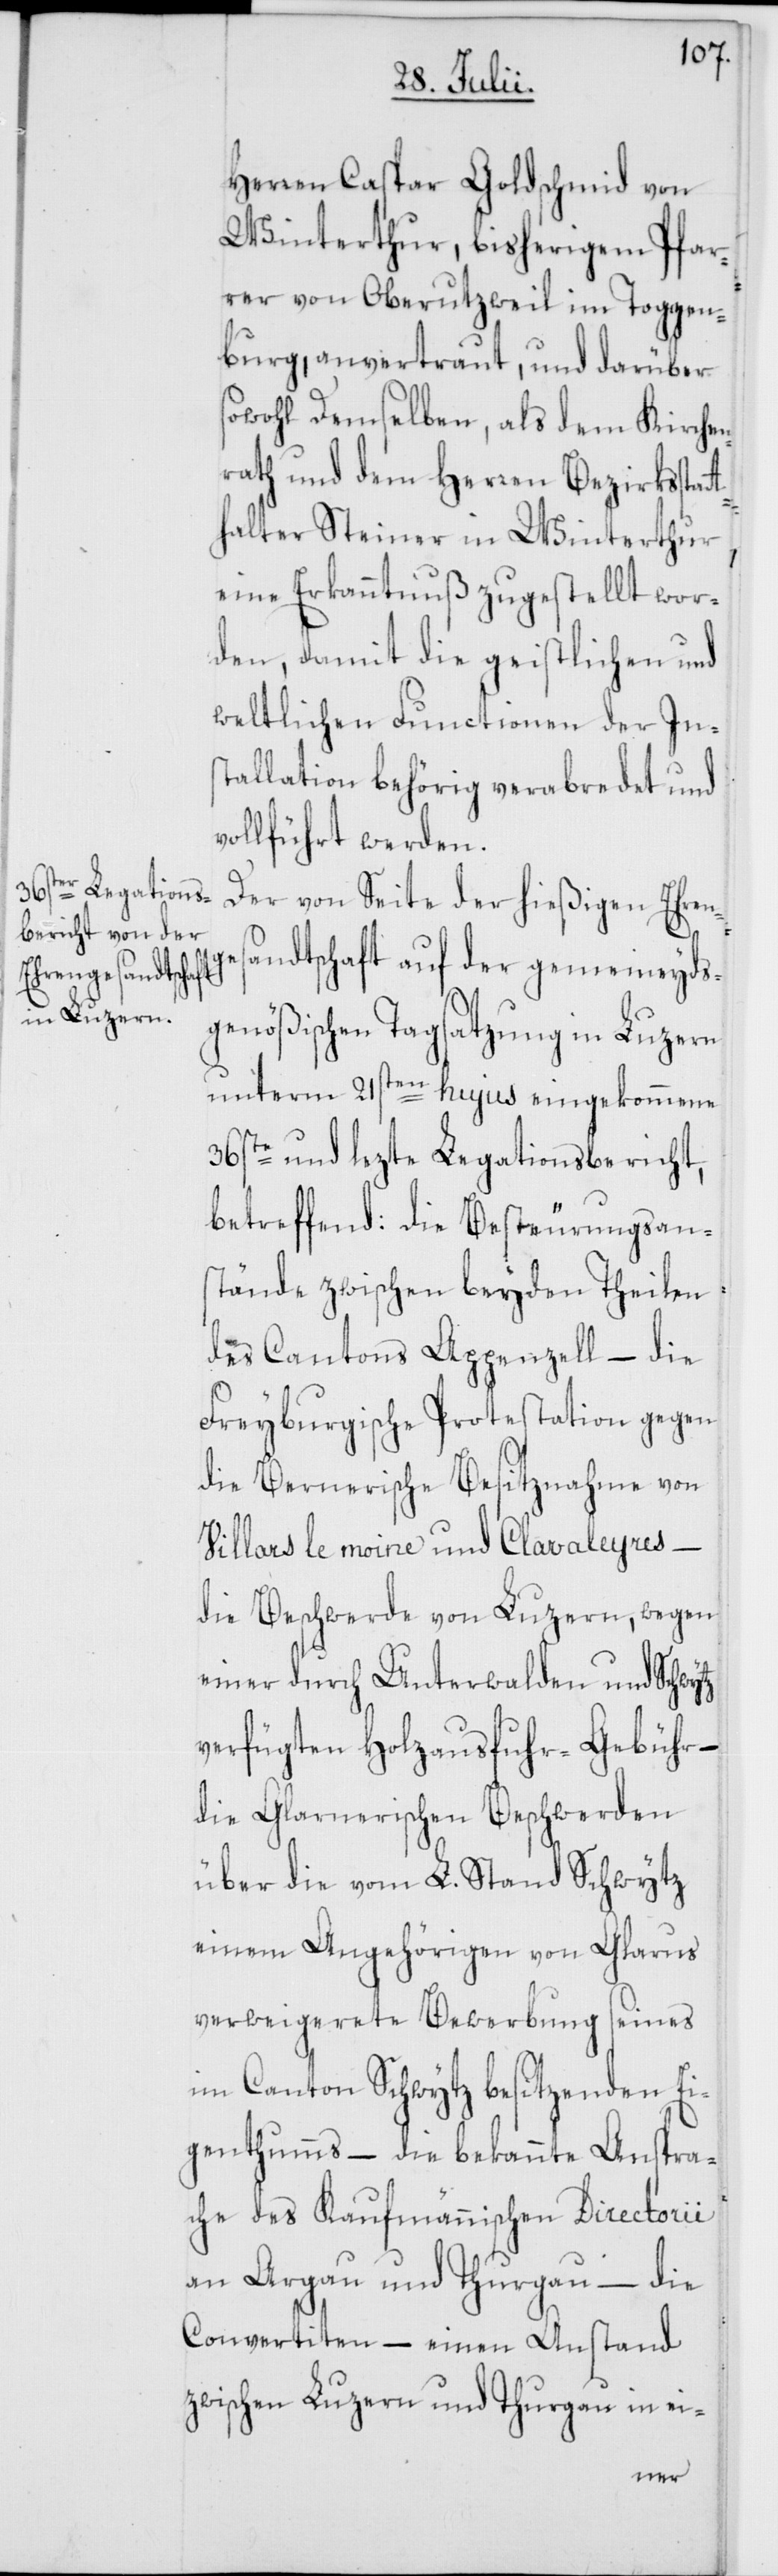
Herren Caspar Goldschmid von
Winterthur, bisherigem Pfar¬
rer von Oberutzweil im Toggen¬
burg, anvertraut, und darüber
sowohl demselben, als dem Kirchen¬
rath und dem Herren Bezirksstat¬
thalter Steiner in Winterthur,
eine Erkanntnuß zugestellt wor¬
den, damit die geistlichen und
weltlichen Functionen der In¬
stallation behörig verabredet und
vollführt werden.
Der von Seite der hießigen Ehren¬
ges¬
andtschaft auf der gemeineyds¬
genößischen Tagsatzung in Luzern
unterm 21sten hujus eingekommene
36ste und lezte Legationsbericht,
betreffend: die Besteurungsan¬
stände zwischen beyden Theilen
des Cantons Appenzell – die
Freyburgische Protestation gegen
die Bernerische Besitznahme von
Villars le moine und Clavaleyres
die Beschwerde von Luzern, wegen
einer durch Unterwalden und Schwytz
verfügten Holzausfuhr-Gebühr
die Glarnerischen Beschwerden
über die vom L. Stand Schwytz
einem Angehörigen von Glarus
verweigerete Bewerbung seines
im Canton Schwytz besitzenden Ei¬
genthumms – die bekannte Anspra¬
che des Kaufmännischen Directorii
an Argau und Thurgau – die
Convertiten – einen Anstand
zwischen Luzern und Thurgau in ei-